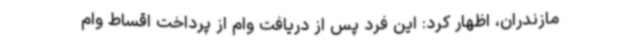
مازندران، اظهار کرد: این فرد پس از دریافت وام از پرداخت اقساط وام